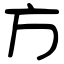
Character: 方